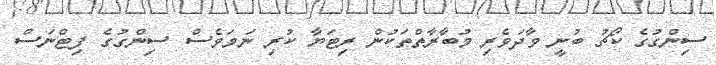
ސިންގުގެ ކޯޗު ބުނީ ވާދަވެރި މުބާރާތްތަކުން ރިޓަޔާ ކުރި ނަމަވެސް ސިންގުގެ ފިޓްނަސް